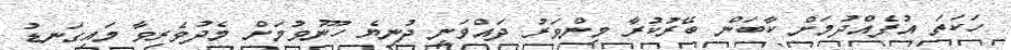
ހަކަތަ އުފެއްދުމަށް ކާބަން ބޭރުކުރާ މިންވަރު ދައްވަނީ ދުނިޔެ ހޫނުވުމަށް މެދުވެރިވާ މައިގަނޑު